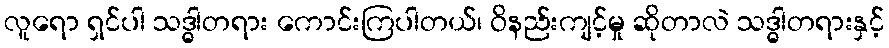
လူရော ရှင်ပါ သဒ္ဓါတရား ကောင်းကြပါတယ်၊ ဝိနည်းကျင့်မှု ဆိုတာလဲ သဒ္ဓါတရားနှင့်